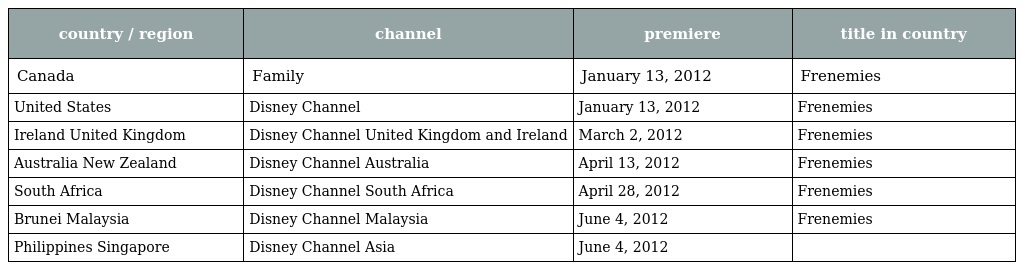
| country / region | channel | premiere | title in country |
 | --- | --- | --- | --- |
 | Canada | Family | January 13, 2012 | Frenemies |
 | United States | Disney Channel | January 13, 2012 | Frenemies |
 | Ireland United Kingdom | Disney Channel United Kingdom and Ireland | March 2, 2012 | Frenemies |
 | Australia New Zealand | Disney Channel Australia | April 13, 2012 | Frenemies |
 | South Africa | Disney Channel South Africa | April 28, 2012 | Frenemies |
 | Brunei Malaysia | Disney Channel Malaysia | June 4, 2012 | Frenemies |
 | Philippines Singapore | Disney Channel Asia | June 4, 2012 |  |